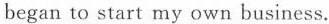
began to start my own business.